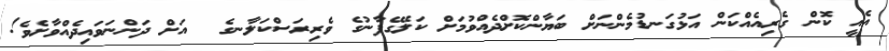
އެއީ ކޮން ގެރިއެއްކަން އަޅުގަނޑުމެންނަށް ބަޔާންކޮށްދެއްވުމަށް ކަލޭގެފާނުގެ ވެރިރަސްކަލާނގެ  އަށް ދަންނަވައިދެއްވާށެވެ!